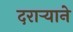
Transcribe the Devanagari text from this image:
दराऱ्याने